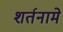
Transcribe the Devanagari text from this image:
शर्तनामे